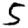
Digit: 5